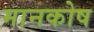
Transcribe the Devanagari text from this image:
मानकोष